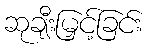
ဆုချီးမြှင့်ခြင်း